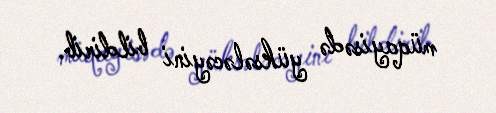
müqayisədə yüksələcəyini bildirib.